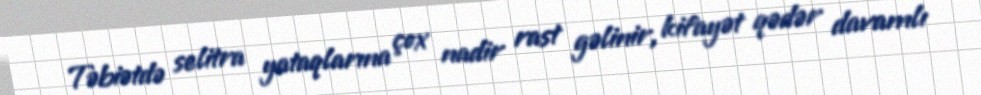
Təbiətdə selitra yataqlarına çox nadir rast gəlinir, kifayət qədər davamlı